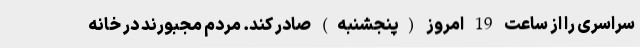
سراسری را از ساعت 19 امروز (پنجشنبه) صادر کند. مردم مجبورند در خانه